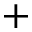
+